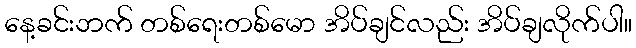
နေ့ခင်းဘက် တစ်ရေးတစ်မော အိပ်ချင်လည်း အိပ်ချလိုက်ပါ။